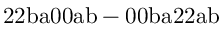
\mathrm { 2 2 b a 0 0 a b - 0 0 b a 2 2 a b }